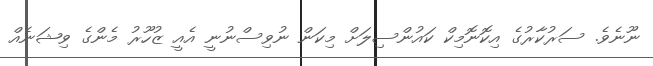
ނޫނެވެ. ސަރުކާރުގެ އިކޮނޮމިކް ކައުންސިލަށް މިކަން ނުވިސްނުނީ އެއީ ޒުހޫރު މެންގެ ވިޝަނެއް